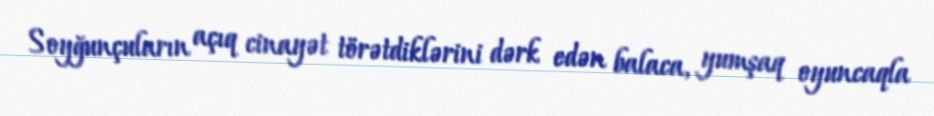
Soyğunçuların açıq cinayət törətdiklərini dərk edən balaca, yumşaq oyuncaqla